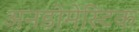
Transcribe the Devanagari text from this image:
अनडोमेस्टिक